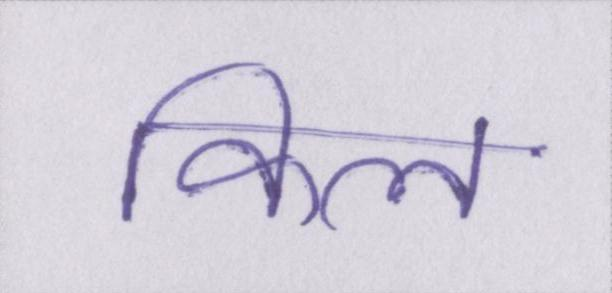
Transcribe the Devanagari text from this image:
किल